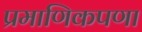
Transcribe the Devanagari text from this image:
प्रमाणिकपणा